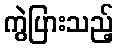
ကွဲပြားသည့်